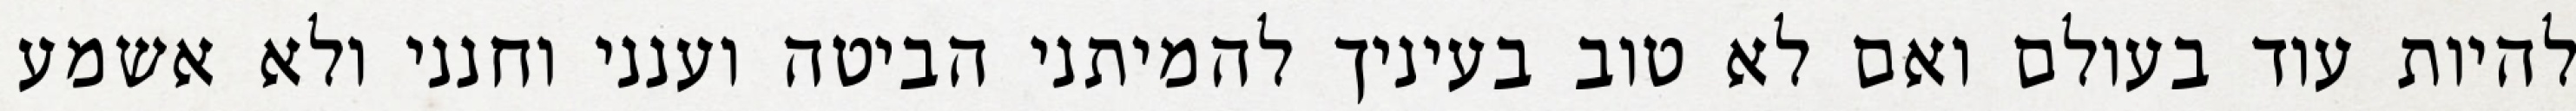
להיות עוד בעולם ואם לא טוב בעיניך להמיתני הביטה וענני וחנני ולא אשמע